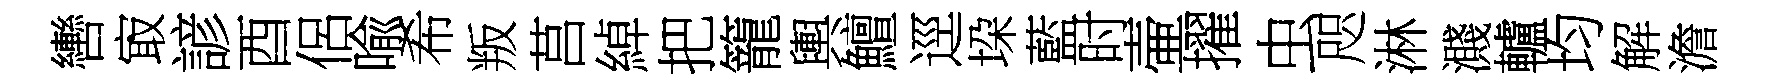
轡㝡諺酉侶喩希叛莒綽把籠輿鱣逕垜藍时壷擢虫咫淋濺轤均解澹